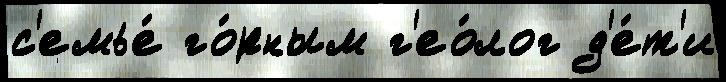
с'емье́ го́рным г'ео́лог д'е́т'и